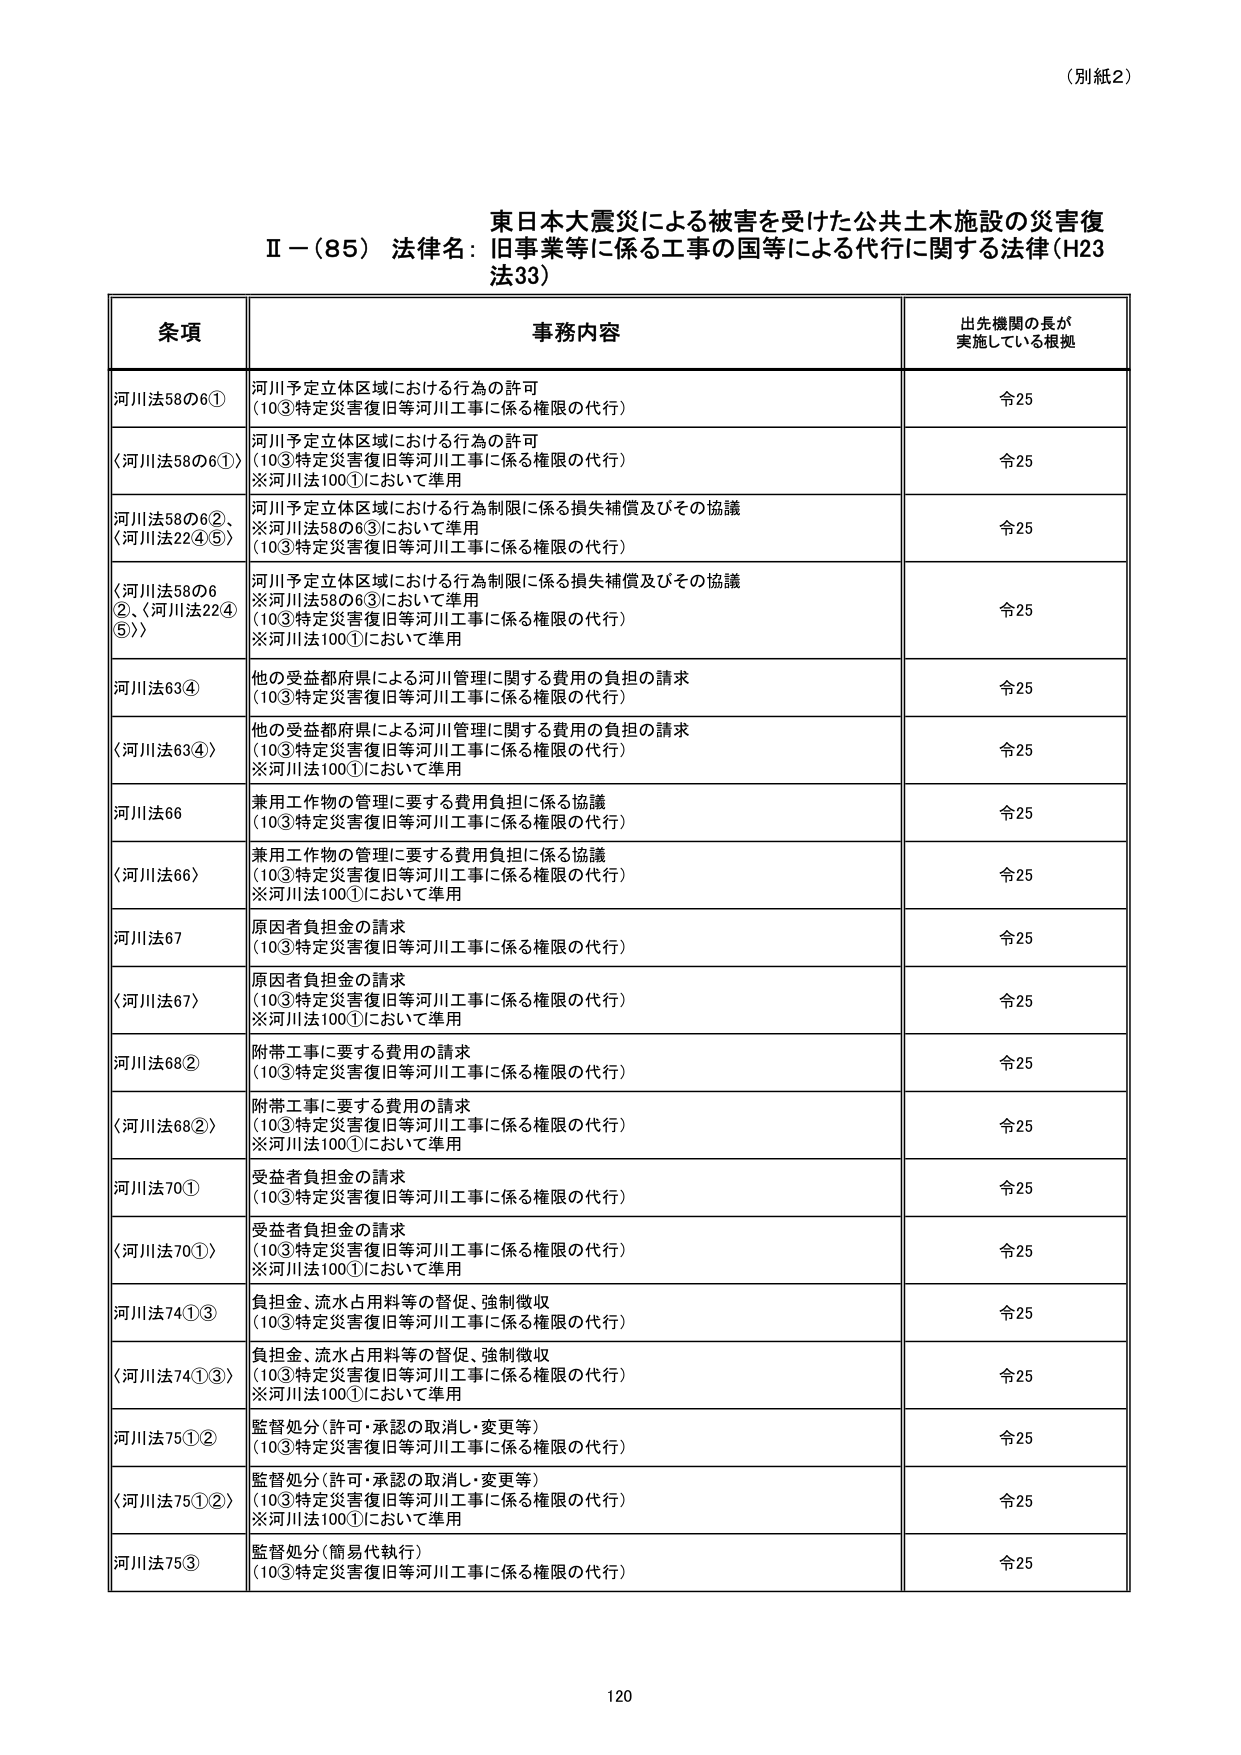
（別紙2）

東日本大震災による被害を受けた公共土木施設の災害復
Ⅱ－（85）法律名：旧事業等に係る工事の国等による代行に関する法律（H23
法33）

条項 事務内容 出先機関の長が
実施している根拠

河川法58の6① 河川予定立体区域における行為の許可
（10③特定災害復旧等河川工事に係る権限の代行） 令25

〈河川法58の6①〉 河川予定立体区域における行為の許可
（10③特定災害復旧等河川工事に係る権限の代行）
※河川法100①において準用 令25

〈河川法58の6②、
〈河川法22④⑤〉 河川予定立体区域における行為制限に係る損失補償及びその協議
※河川法58の6③において準用
（10③特定災害復旧等河川工事に係る権限の代行） 令25

〈河川法58の6
②、〈河川法22④
⑤〉〉 河川予定立体区域における行為制限に係る損失補償及びその協議
※河川法58の6③において準用
（10③特定災害復旧等河川工事に係る権限の代行）
※河川法100①において準用 令25

河川法63④ 他の受益都府県による河川管理に関する費用の負担の請求
（10③特定災害復旧等河川工事に係る権限の代行） 令25

〈河川法63④〉 他の受益都府県による河川管理に関する費用の負担の請求
（10③特定災害復旧等河川工事に係る権限の代行）
※河川法100①において準用 令25

河川法66 兼用工作物の管理に要する費用負担に係る協議
（10③特定災害復旧等河川工事に係る権限の代行） 令25

〈河川法66〉 兼用工作物の管理に要する費用負担に係る協議
（10③特定災害復旧等河川工事に係る権限の代行）
※河川法100①において準用 令25

河川法67 原因者負担金の請求
（10③特定災害復旧等河川工事に係る権限の代行） 令25

〈河川法67〉 原因者負担金の請求
（10③特定災害復旧等河川工事に係る権限の代行）
※河川法100①において準用 令25

河川法68② 附帯工事に要する費用の請求
（10③特定災害復旧等河川工事に係る権限の代行） 令25

〈河川法68②〉 附帯工事に要する費用の請求
（10③特定災害復旧等河川工事に係る権限の代行）
※河川法100①において準用 令25

河川法70① 受益者負担金の請求
（10③特定災害復旧等河川工事に係る権限の代行） 令25

〈河川法70①〉 受益者負担金の請求
（10③特定災害復旧等河川工事に係る権限の代行）
※河川法100①において準用 令25

河川法74①③ 負担金、流水占用料等の督促、強制徴収
（10③特定災害復旧等河川工事に係る権限の代行） 令25

〈河川法74①③〉 負担金、流水占用料等の督促、強制徴収
（10③特定災害復旧等河川工事に係る権限の代行）
※河川法100①において準用 令25

河川法75①② 監督処分（許可・承認の取消し・変更等）
（10③特定災害復旧等河川工事に係る権限の代行） 令25

〈河川法75①②〉 監督処分（許可・承認の取消し・変更等）
（10③特定災害復旧等河川工事に係る権限の代行）
※河川法100①において準用 令25

河川法75③ 監督処分（簡易代執行）
（10③特定災害復旧等河川工事に係る権限の代行） 令25

120